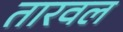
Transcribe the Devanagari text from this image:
तारवल